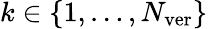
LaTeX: k\in\left\lbrace 1,\dots,N_{\mathrm{ver}}\right\rbrace